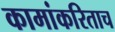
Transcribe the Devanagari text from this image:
कामांकरिताच